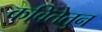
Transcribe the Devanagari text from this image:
कवितेतुन